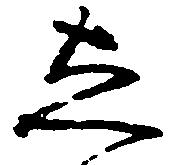
し